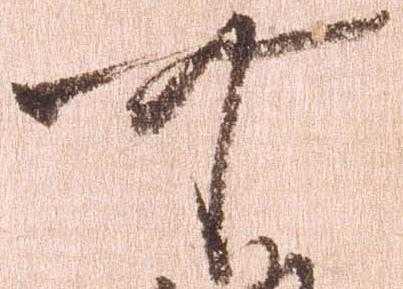
可